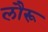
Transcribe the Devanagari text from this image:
लौरू